Report on sanitation, dispensaries, and jails in Rajputana for 1917, and on vaccination for the year 1917-1918 - 1917-1918
Year: 1917
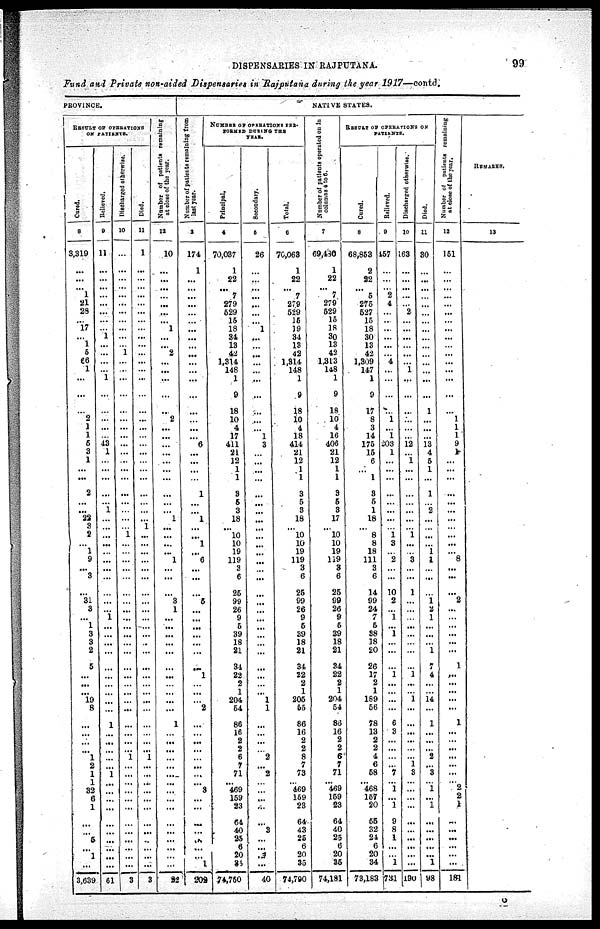
DISPENSARIES IN RAJPUTANA.
99
Fund and Private non-aided Dispensaries in Rajputana during the year 1917—contd.
PROVINCE.
RESULT OF OPERATIONS
ON PATIENTS.
Cured.
8
3,319
...
...
...
1
21
28
...
17
...
1
5
66
1
...
...
...
2
1
1
5
3
1
...
...
2
...
...
22
3
2
...
1
9
...
3
...
31
3
...
1
3
3
2
5
...
...
...
19 8
...
...
...
...
1
2
1
1
32
6
1
...
...
5
...
1
...
3,639
Relieved.
9
11
...
...
...
...
...
...
...
...
1
...
...
...
...
1
...
...
...
...
...
43
1
...
...
...
...
...
1
...
...
...
...
...
...
...
...
...
...
...
1
...
...
...
...
...
...
...
...
...
...
1
...
...
...
...
...
1
...
...
...
...
...
...
...
...
...
...
61
Discharged otherwise.
10
...
...
...
...
...
...
...
...
...
...
...
1
...
...
...
...
...
...
...
...
...
...
...
...
...
...
...
...
...
...
1
...
...
...
...
...
...
...
...
...
...
...
...
...
...
...
...
...
...
...
...
...
...
...
1
...
...
...
...
...
...
...
...
...
...
...
...
3
Died.
11
1
...
...
...
...
...
...
...
...
...
...
...
...
...
...
...
...
...
...
...
...
...
...
...
...
...
...
...
...
1
...
...
...
...
...
...
...
...
...
...
...
...
...
...
...
...
...
...
...
...
...
...
...
...
1
...
...
...
...
...
...
...
...
...
...
...
...
3
Number of patients remaining
at close of the year.
12
10
...
...
...
...
...
...
...
1
...
...
2
...
...
...
...
...
2
...
...
...
...
...
...
...
...
...
...
1
...
...
...
...
1
...
...
...
3 1
...
...
...
...
...
...
...
...
...
...
...
1
...
...
...
...
...
...
...
...
...
...
...
...
...
...
...
...
22
NATIVE STATES.
Number of patients remaining from
last year.
93
174
1
...
...
...
...
...
...
...
...
...
...
...
...
...
...
...
...
...
...
6
...
...
...
...
1
...
...
1
...
...
1
...
6
...
...
...
5
...
...
...
...
...
...
...
1
...
...
...
2
...
...
...
...
...
...
...
...
3
...
...
...
...
...
...
...
1
202
NUMBER OF OPERATIONS PER¬
FORMED DURING THE
YEAR.
Principal.
4
70,037
1
22
...
7
279
529
15
18
34
13
42
1,314
148
1
9
18
10
4
17
411
21
12
1
1
3
5
3
18
...
10
10
19
119
3
6
25
99
26
9
5
39
18
21
34
22
2
1
204
54
86
16
2
2
6
7
71
...
469
159
23
64
40
25
6
20
35
74,750
Secondary.
5
26
...
...
...
...
...
...
...
1
...
...
...
...
...
...
...
...
...
...
1
3
...
...
...
...
...
...
...
...
...
...
...
...
...
...
...
...
...
...
...
...
...
...
...
...
...
...
...
1
1
...
...
...
...
2
...
2
...
...
...
...
...
3
...
...
3
...
40
Total.
6
70,063
1
22
...
7
279
529
15
19
34
13
42
1,314
148
1
9
18
10
4
18
414
21
12
1
1
3
5
3
18
...
10
10
19
119
3
6
25
99
26
9
5
39
18
21
34
22
2
1
205
55
86
16
2
2
8
7
73
...
469
159
23
64
43
25
6
20
35
74,790
Number of patients
operated on in
columns 4 to 6.
7
69,480
1
22
...
7
279
529
15
18
30
13
42
1,313
148
1
9
18
10
4
16
406
21
12
1
1
3
5
3
17
...
10
10
19
119
3
6
25
99
26
9
55
39
18
21
84
22
2
1
204
54
86
16
2
2
5
7
71
...
469
159
23
64
40
25
6
20
86
74,181
RESULT OF OPERATIONS ON
PATIENTS.
Cured.
8
68,853
2
22
...
5
275
527
15
18
30
13
42
1,309
147
1
9
17
8
3
14
175
15
6
...
1
3
5
1
18
...
8
8
18
111
3
6
14
99
24
7
5
38
18
20
26
17
2
1
189
56
78
13
2
2
4
6
58
...
468
157
20
55
32
24
6
20
34
78,183
Relieved.
9
457
...
...
...
2
4
...
...
...
...
...
...
4
...
...
...
...
1
...
1
203
1
...
...
...
...
...
...
...
...
1
3
...
2
...
...
10
2
...
1
...
1
...
...
...
1
...
...
...
...
6
3
...
...
...
...
7
...
1
...
1
9
8
1
...
...
1
731
Discharged otherwise.
10
163
...
...
...
...
...
2
...
...
...
...
...
...
1
...
...
...
...
...
...
12
...
1
...
...
...
...
...
...
...
1
...
...
3
...
...
1
...
...
...
...
...
...
...
...
1
...
...
1
...
...
...
...
...
...
1
3
...
...
...
...
...
...
...
...
...
...
190
Died.
11
30
...
...
...
...
...
...
...
...
...
...
...
...
...
...
...
1
...
...
...
13
4
5
1
...
1
...
2
...
...
...
...
1
1
...
...
...
1 2
1
...
...
...
1
7
4
...
...
14
...
1
...
...
...
2
...
3
...
1
...
1
...
...
...
...
...
1
98
Number of patients remaining
at close of the year.
12
151
...
...
...
...
...
...
...
...
...
...
...
...
...
...
...
...
1
1
1
9
1
...
...
...
...
...
...
...
...
...
...
...
8
...
...
...
2
...
...
...
...
...
...
1
...
...
...
...
...
1
...
...
...
...
...
...
...
2
2
1
...
...
...
...
...
...
181
REMARKS.
13